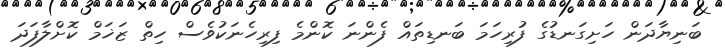
ބަނިޔާދަން ހަށިގަނޑުގެ ފުރިހަމަ ބަނޑިތައް ފެންނަ ކޮންމެ ފިރިހެނަކުވެސް ހިތް ޒަޚަމް ކޮށްލާފަދަ